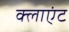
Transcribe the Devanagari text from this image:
क्‍लाएंट